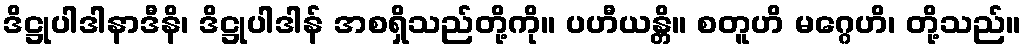
ဒိဋ္ဌုပါဒါနာဒီနိ၊ ဒိဋ္ဌုပါဒါန် အစရှိသည်တို့ကို။ ပဟီယန္တိ။ စတူဟိ မဂ္ဂေဟိ၊ တို့သည်။